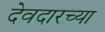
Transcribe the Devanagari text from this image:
देवदारच्या